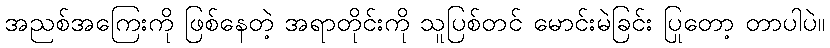
အညစ်အကြေးကို ဖြစ်နေတဲ့ အရာတိုင်းကို သူပြစ်တင် မောင်းမဲခြင်း ပြုတော့ တာပါပဲ။